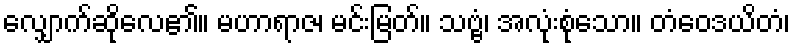
လျှောက်ဆိုလေ၏။ မဟာရာဇ၊ မင်းမြတ်။ သဗ္ဗံ၊ အလုံးစုံသော။ တံဝေဒယိတံ၊